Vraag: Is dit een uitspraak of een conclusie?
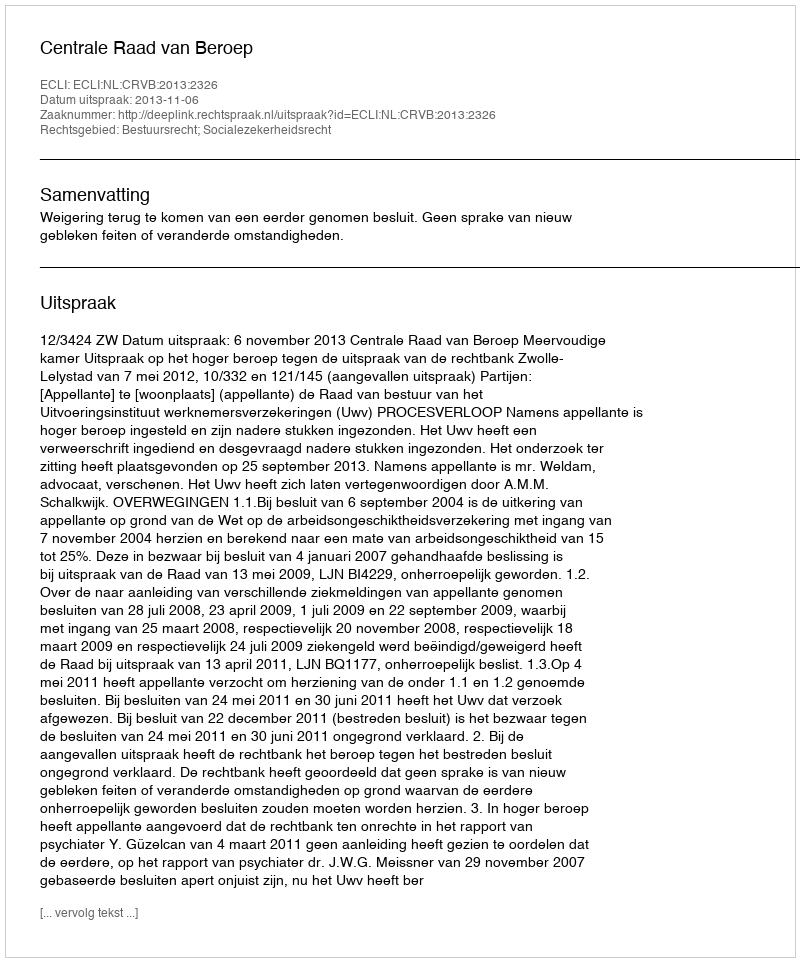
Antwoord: Uitspraak